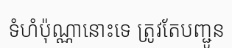
ទំហំប៉ុណ្ណានោះទេ ត្រូវតែបញ្ជូន